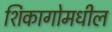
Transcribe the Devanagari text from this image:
शिकागोमधील